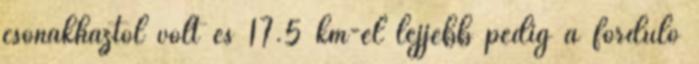
csónakháztól volt és 17.5 km-el lejjebb pedig a forduló